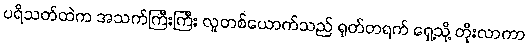
ပရိသတ်ထဲက အသက်ကြီးကြီး လူတစ်ယောက်သည် ရုတ်တရက် ရှေ့သို့ တိုးလာကာ